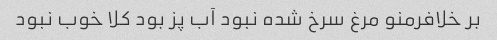
بر خلافرمنو مرغ سرخ شده نبود آب پز بود کلا خوب نبود